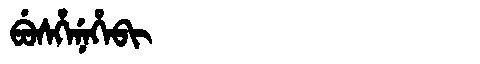
Manchu: ᠪᡠᠰᡥᡝᠨᡝᡥᡝᠪᡳ
Romanization: BUSHENEHEBI